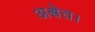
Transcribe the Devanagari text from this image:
अश्वेत।